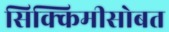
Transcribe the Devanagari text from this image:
सिक्किमीसोबत